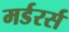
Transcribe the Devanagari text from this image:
मर्डरर्स